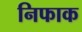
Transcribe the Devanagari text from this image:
निफाक